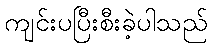
ကျင်းပပြီးစီးခဲ့ပါသည်